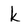
Character: k